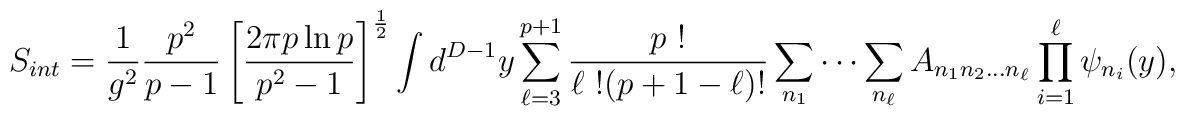
S_{int}=\frac{1}{g^2}\frac{p^2}{p-1}\left[\frac{2\pi p\ln p}{p^2-1}\right]^{\frac{1}{2}}\int d^{D-1}y\sum_{\ell=3}^{p+1}\frac{p\ !}{\ell\ !(p+1-\ell)!}\sum_{n_1}\cdots\sum_{n_\ell} A_{n_1n_2\dots n_\ell}\prod_{i=1}^\ell\psi_{n_i}(y),